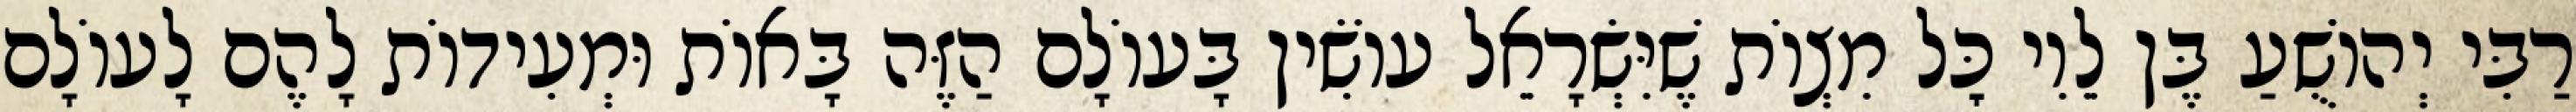
רַבִּי יְהוֹשֻׁעַ בֶּן לֵוִי כׇּל מִצְוֹת שֶׁיִּשְׂרָאֵל עוֹשִׂין בָּעוֹלָם הַזֶּה בָּאוֹת וּמְעִידוֹת לָהֶם לָעוֹלָם